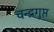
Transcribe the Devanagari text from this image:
चन्द्रगुप्त